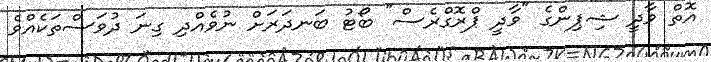
އޮތް ވާދީ ޝިޕިންގެ "ވާދީ ޕްރޮގްރެސް" ބޯޓު ބަނދަރަށް ނުވެއްދި ގިނަ ދުވަސްތަކެއްވެ